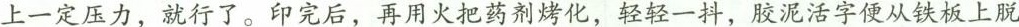
上一定压力，就行了。印完后，再用火把药剂烤化，轻轻一抖，胶泥活字便从铁板上脱